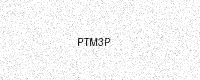
Text: PTM3P